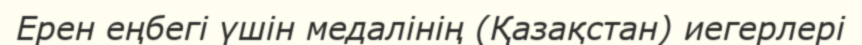
Ерен еңбегі үшін медалінің (Қазақстан) иегерлері